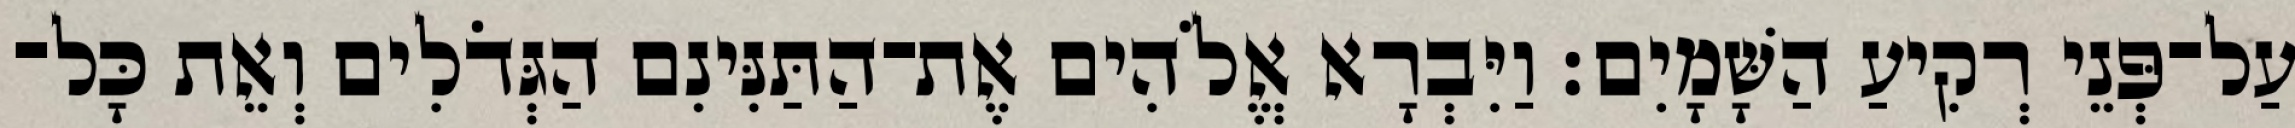
עַל־פְּנֵי רְקִיעַ הַשָּׁמָיִם׃ וַיִּבְרָא אֱלֹהִים אֶת־הַתַּנִּינִם הַגְּדֹלִים וְאֵת כָּל־